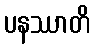
ပနဿာတိ